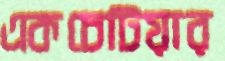
একচেটিয়ার